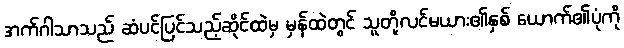
အက်ဂါသာသည် ဆံပင်ပြင်သည့်ဆိုင်ထဲမှ မှန်ထဲတွင် သူတို့လင်မယား၏နှစ် ယောက်၏ပုံကို